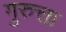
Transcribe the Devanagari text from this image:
गुरुत्ता